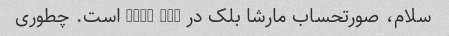
سلام، صورتحساب مارشا بلک در mppd ltd است. چطوری